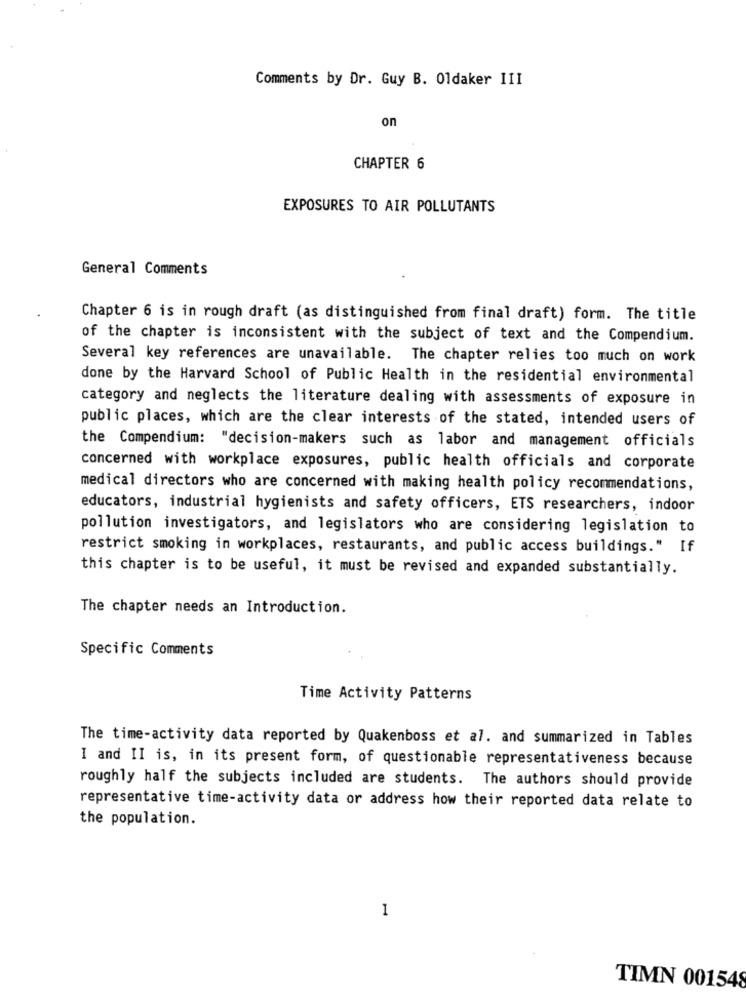
Comments by Dr. Guy B. Oldaker III
on
CHAPTER 6
EXPOSURES TO AIR POLLUTANTS
General Comments
Chapter 6 is in rough draft (as distinguished from final draft) form. The title
of the chapter is inconsistent with the subject of text and the Compendium.
Several key references are unavailable. The chapter relies too much on work
done by the Harvard School of Public Health in the residential environmental
category and neglects the literature dealing with assessments of exposure in
public places, which are the clear interests of the stated, intended users of
the Compendium: "decision-makers such as labor and management officials
concerned with workplace exposures, public health officials and corporate
medical directors who are concerned with making health policy recommendations,
educators, industrial hygienists and safety officers, ETS researchers, indoor
pollution investigators, and legislators who are considering legislation to
restrict smoking in workplaces, restaurants, and public access buildings." If
this chapter is to be useful, it must be revised and expanded substantially.
The chapter needs an Introduction.
Specific Comments
Time Activity Patterns
The time-activity data reported by Quakenboss et al. and summarized in Tables
I and II is, in its present form, of questionable representativeness because
roughly half the subjects included are students. The authors should provide
representative time-activity data or address how their reported data relate to
the population.
1
TIMN 001548